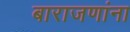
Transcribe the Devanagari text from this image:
बाराजणांना